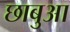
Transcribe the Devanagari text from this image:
छाबुआ